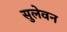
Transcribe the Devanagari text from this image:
सुलेवन